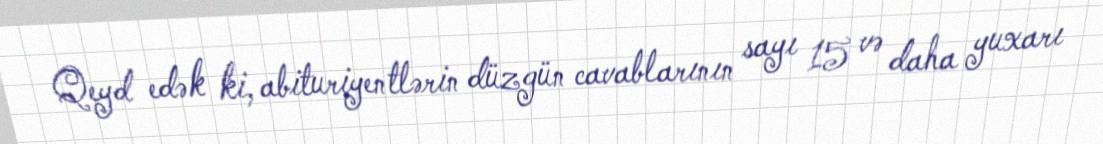
Qeyd edək ki, abituriyentlərin düzgün cavablarının sayı 15 və daha yuxarı